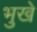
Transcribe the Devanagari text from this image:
भुखे